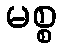
မစ္စ